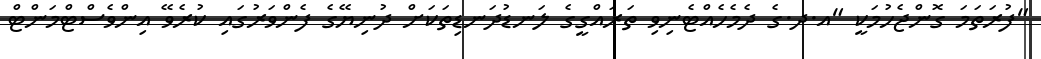
"ފުރަތަމަ ގޮންޖެހުމަކީ "އ.ދ.ގެ ދެމެހެއްޓެނިވި ތަރައްގީގެ ލަނޑުދަނޑިތަކަށް ދުނިޔޭގެ ފެންވަރުގައި ކުރެވޭ އިންވެސްޓްމަންޓް